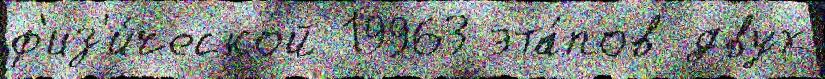
ф'из'и́ческой 19963 эта́пов двух